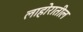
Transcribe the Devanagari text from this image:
लाहोरातील